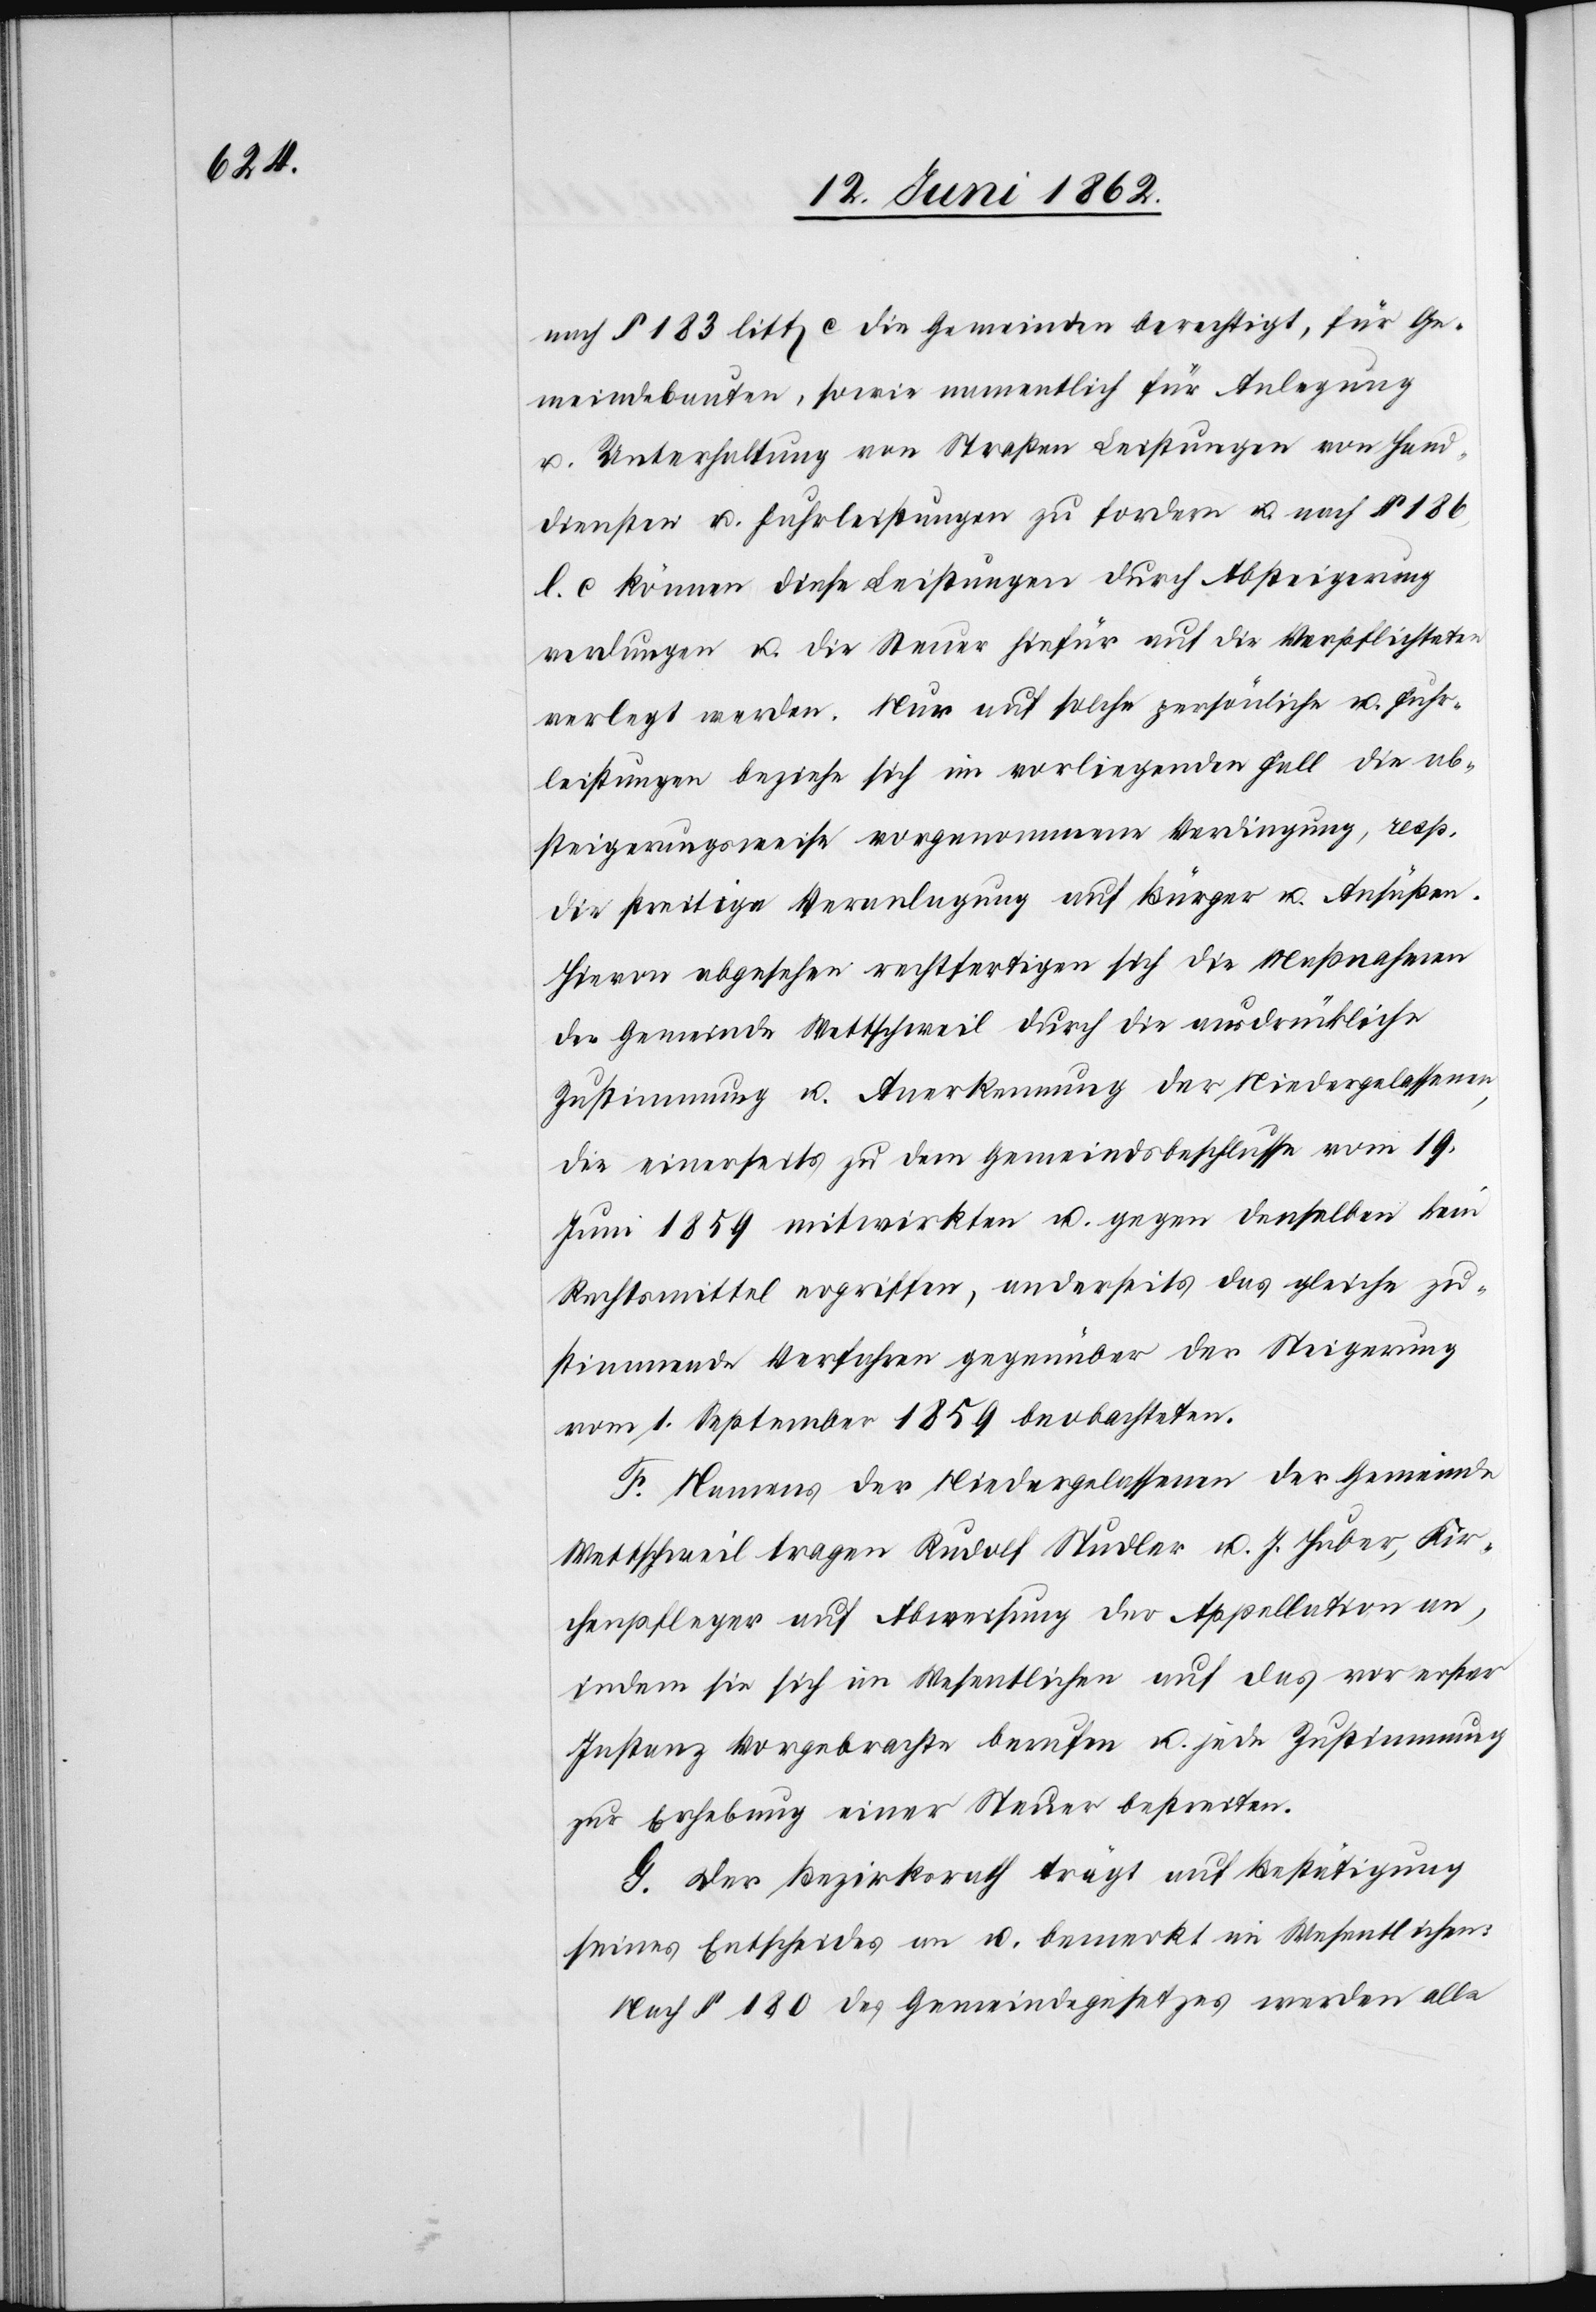
nach § 183 litt c die Gemeinden berechtigt, für Ge¬
meindebauten, sowie namentlich für Anlegung
u. Unterhaltung von Straßen Leistungen von Hand¬
diensten u. Fuhrleistungen zu fordern u. nach § 186,
l. c können diese Leistungen durch Absteigerung
verdungen u. die Steuer hiefür auf die Verpflichteten
verlegt werden. Nur auf solche persönliche u. Fuhr¬
leistungen beziehe sich im vorliegenden Fall die ab¬
steigerungsweise vorgenommene Verdingung, resp.
die streitige Veranlagung auf Bürger u. Ansäßen.
Hievon abgesehen rechtfertigen sich die Maßnahmen
der Gemeinde Wettschweil durch die ausdrückliche
Zustimmung u. Anerkennung der Niedergelassenen,
die einerseits zu dem Gemeindsbeschlusse vom 19.
Juni 1859 mitwirkten u. gegen denselben kein
Rechtsmittel ergriffen, anderseits das gleiche zu¬
stimmende Verfahren gegenüber der Steigerung
vom 1. September 1859 beobachteten.
F. Namens der Niedergelassenen der Gemeinde
Wettschweil tragen Rudolf Studler u. J. Huber, Kir¬
chenpfleger auf Abweisung der Appellation an,
indem sie sich im Wesentlichen auf das vor erster
Instanz Vorgebrachte berufen u. jede Zustimmung
zur Erhebung einer Steuer bestreiten.
G. Der Bezirksrath trägt auf Bestätigung
seines Entscheides an u. bemerkt im Wesentlichen:
Nach § 180 des Gemeindegesetzes werden alle